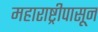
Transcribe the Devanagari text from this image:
महाराष्ट्रीपासून